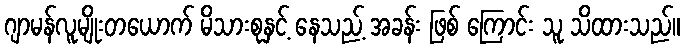
ဂျာမန်လူမျိုးတယောက် မိသားစုနှင့် နေသည့် အခန်း ဖြစ် ကြောင်း သူ သိထားသည်။